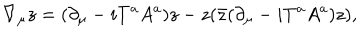
\nabla _ { \mu } z = ( \partial _ { \mu } - i T ^ { a } A ^ { a } ) z - z ( \bar { z } ( \partial _ { \mu } - i T ^ { a } A ^ { a } ) z ) ,